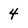
Character: 4